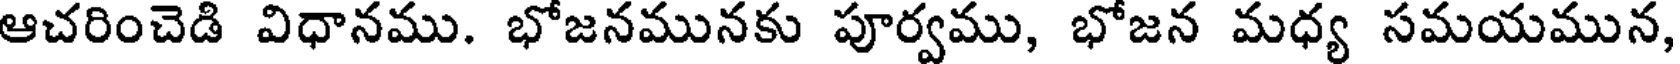
ఆచరించెడి విధానము. భోజనమునకు పూర్వము, భోజన మధ్య సమయమున,